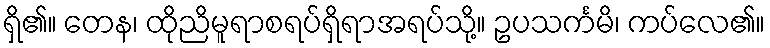
ရှိ၏။ တေန၊ ထိုညိမူရာစရပ်ရှိရာအရပ်သို့။ ဥပသင်္ကမိ၊ ကပ်လေ၏။